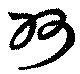
州